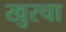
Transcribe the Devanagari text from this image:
खुरचा